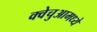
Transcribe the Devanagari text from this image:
क्वेचुआमध्ये